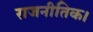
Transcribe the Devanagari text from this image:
राजनीतिक।